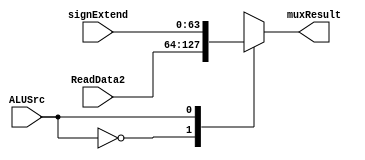
//-------------------------------------------------------------------------
// muxALU: decides which information it will pass to the ALUValues
//-------------------------------------------------------------------------
module muxALU(ReadData2, signExtend, ALUSrc, muxResult);

	input wire [63:0]ReadData2, signExtend;
	input wire ALUSrc;
	output reg [63:0] muxResult;

	always @(ReadData2, signExtend, ALUSrc) begin
		case(ALUSrc)
			0: muxResult <= ReadData2; // Type R and Type Branch
			1: muxResult <= signExtend; // Type Load and Type Store
		endcase
	end
endmodule

//-------------------------------------------------------------------------
// ALU: ALUCtrl decides the operation, ALUResult: decides if branch or not
//-------------------------------------------------------------------------
module ALUValues (ReadData1, muxResult, ALUCtrl, ALUResult, Zero);

	input wire [63:0]ReadData1, muxResult;
	input wire [3:0]ALUCtrl;
	output reg [63:0]ALUResult;
	output reg Zero;

	always @(*) begin
  
		// ALUCtrl signals
		if(ALUCtrl == 4'b0010)begin //funcao de soma
			ALUResult <= ReadData1 + muxResult;
		end
		else if(ALUCtrl == 4'b0000)begin //funcao de and
			ALUResult <= ReadData1 & muxResult;
		end
		else if(ALUCtrl == 4'b0001)begin //funcao de or
			ALUResult <= ReadData1 | muxResult;
		end
		else if(ALUCtrl == 4'b0110)begin //funcao de sub
			ALUResult <= ReadData1 - muxResult;
		end
    
    // ALUResult if branch or not
		if(ALUResult == 0) begin
			Zero <= 1;
		end
		else begin
			Zero <= 0;
		end
	end
endmodule